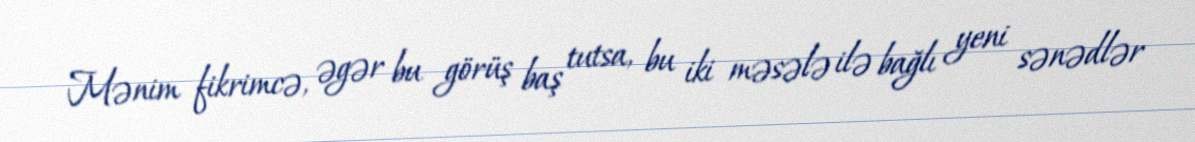
Mənim fikrimcə, əgər bu görüş baş tutsa, bu iki məsələ ilə bağlı yeni sənədlər